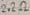
Text: 2.2Ω